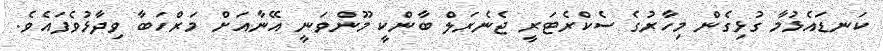
ކަނޑައެޅުމާ ގުޅިގެން މިހާރުގެ ސެކްރެޓަރީ ޖެނެރަލް ބާންކީ މޫންވަނީ އޭނާއަށް މަރްހަބާ ވިދާޅުވެފައެވެ.